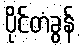
ပိုင်တံခွန်